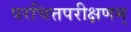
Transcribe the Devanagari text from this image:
परचित्तपरीक्षणम्‌